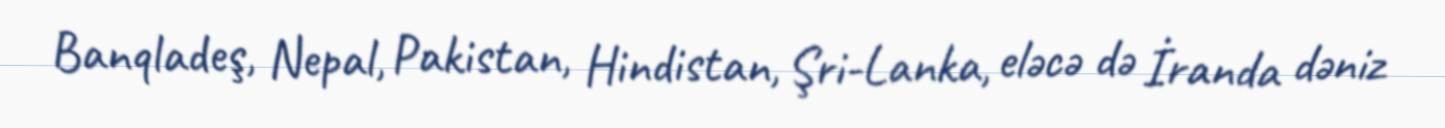
Banqladeş, Nepal, Pakistan, Hindistan, Şri-Lanka, eləcə də İranda dəniz